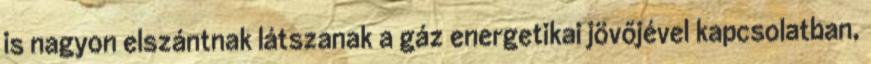
is nagyon elszántnak látszanak a gáz energetikai jövőjével kapcsolatban,